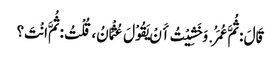
قَالَ : ثُمَّ عُمَرُ. وَخَشِیْتُ أَنْ یَقُوْلَ عُثْمَانُ، قُلْتُ : ثُمَّ انْتَ؟